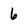
Character: 6